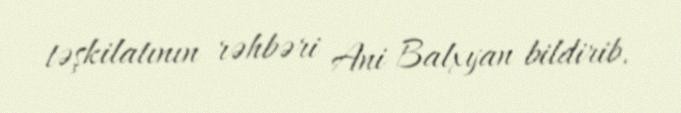
təşkilatının rəhbəri Ani Balxyan bildirib.